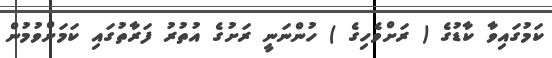
ކަމުގައިވާ ކާޑުގެ ( ރަށްވެހިގެ ) ހުންނަނީ ރަށުގެ އުތުރު ފަރާތުގައި ކަމަށްވުމުން